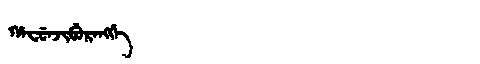
Manchu: ᡥᠠᠸᡠᠨᠵᡳᠪᡠᡵᠠᠩᡤᡝ
Romanization: HAFUNJIBURANGGE